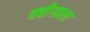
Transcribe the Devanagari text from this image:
क्वीगाला